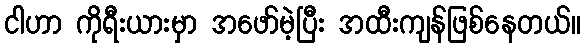
ငါဟာ ကိုရီးယားမှာ အဖော်မဲ့ပြီး အထီးကျန်ဖြစ်နေတယ်။